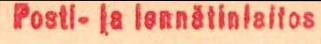
Posti- ja lennätinlaitos